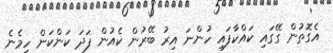
އެގޮތުން ގޭގައި ކައްކާފައި ހުންނަ އިރު ބޭރުން ކެއުން ފަދަ ކަންކަން ހިމެނެ